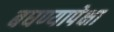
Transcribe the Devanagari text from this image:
बघण्यापेक्षा